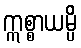
ဣစ္စာယမ္ပိ